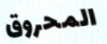
المحروق